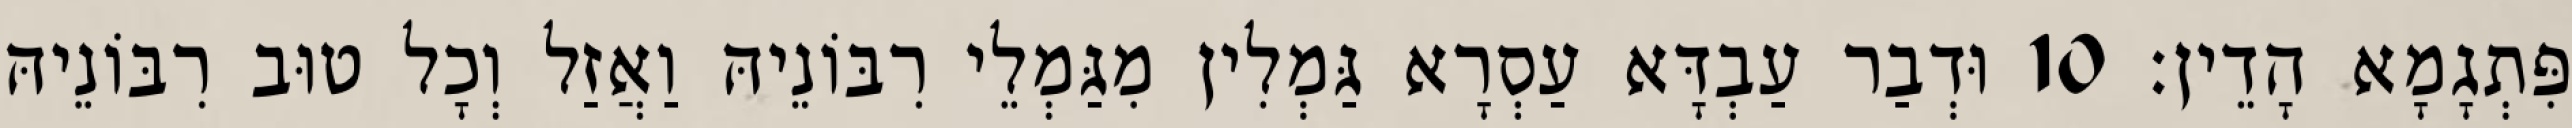
פִּתְגָמָא הָדֵין׃ 10 וּדְבַר עַבְדָּא עַסְרָא גַּמְלִין מִגַּמְלֵי רִבּוֹנֵיהּ וַאֲזַל וְכָל טוּב רִבּוֹנֵיהּ